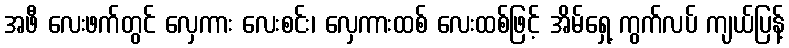
အဖီ လေးဖက်တွင် လှေကား လေးစင်း၊ လှေကားထစ် လေးထစ်ဖြင့် အိမ်ရှေ့ ကွက်လပ် ကျယ်ပြန့်